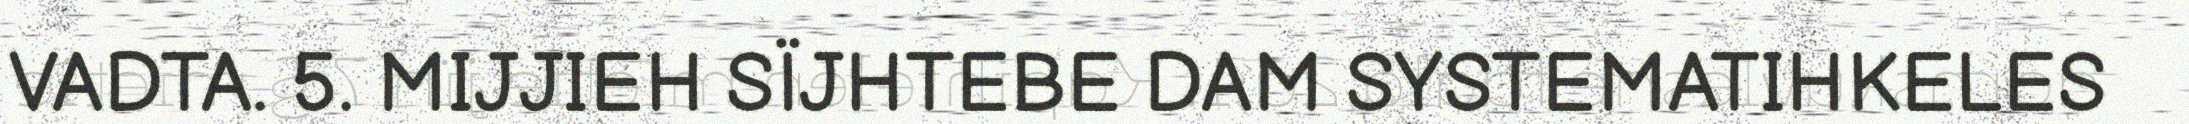
VADTA. 5. MIJJIEH SÏJHTEBE DAM SYSTEMATIHKELES